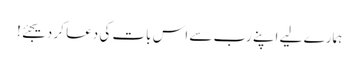
ہمارے لیے اپنے رب سے اس بات کی دعا کر دیجئے!